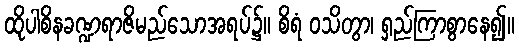
ထိုပါစိနခဏ္ဍရာဇိမည်သောအရပ်၌။ စိရံ ဝသိတွာ၊ ရှည်ကြာစွာနေ၍။